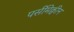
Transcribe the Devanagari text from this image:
पर्सीमेक्वीन